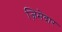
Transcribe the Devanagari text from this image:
ज़िमेदार